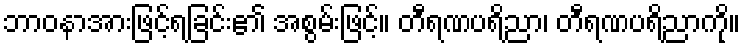
ဘာဝနာအားဖြင့်ရခြင်း၏ အစွမ်းဖြင့်။ တီရဏပရိညာ၊ တီရဏပရိညာကို။